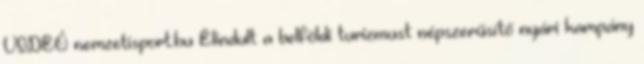
VIDEÓ nemzetisport.hu Elindult a belföldi turizmust népszerűsítő nyári kampány